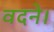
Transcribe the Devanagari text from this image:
वदने।